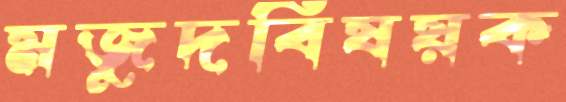
মজুদবিষয়ক